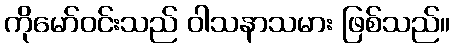
ကိုမော်ဝင်းသည် ဝါသနာသမား ဖြစ်သည်။